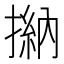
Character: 㨥